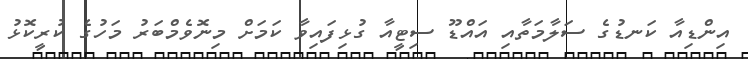
އިންޑިއާ ކަނޑުގެ ސަލާމަތާއި އައްޑޫ ސިޓީއާ ގުޅިފައިވާ ކަމަށް މިނޮވެމްބަރު މަހުގެ ކުރީކޮޅު